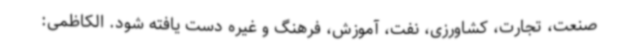
صنعت، تجارت، کشاورزی، نفت، آموزش، فرهنگ و غیره دست یافته شود. الکاظمی: